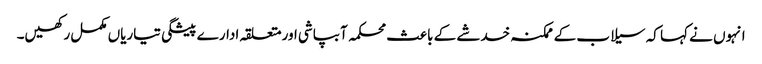
انہوں نے کہا کہ سیلاب کے ممکنہ خدشے کے باعث محکمہ آبپاشی اورمتعلقہ ادارے پیشگی تیاریاں مکمل رکھیں۔